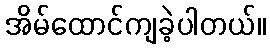
အိမ်ထောင်ကျခဲ့ပါတယ်။